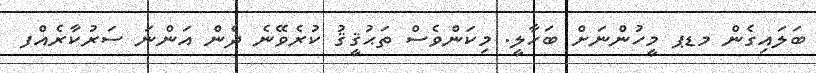
ބަލައިގެން މޑޕ މީހުންނަށް ބަހާލީ. މިކަންވެސް ތަޙުޤީޤު ކުރެވޭނެ ދެން އަންނަ ސަރުކާރެއްފ